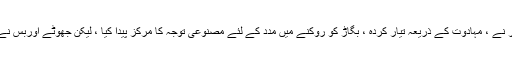
ملاکوت کے آرڈر نے ، مہادوت کے ذریعہ تیار کردہ ، بگاڑ کو روکنے میں مدد کے لئے مصنوعی توجہ کا مرکز پیدا کیا ، لیکن جھوٹے اوربس نے اس کو مسخ کیا۔